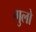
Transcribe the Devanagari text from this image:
गुलो